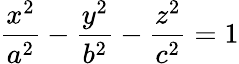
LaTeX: {\frac{x^{2}}{a^{2}}}-{\frac{y^{2}}{b^{2}}}-{\frac{z^{2}}{c^{2}}}=1